Report of the Indian Hemp Drugs Commission, 1894-1895 - Volume IV
Year: 1894
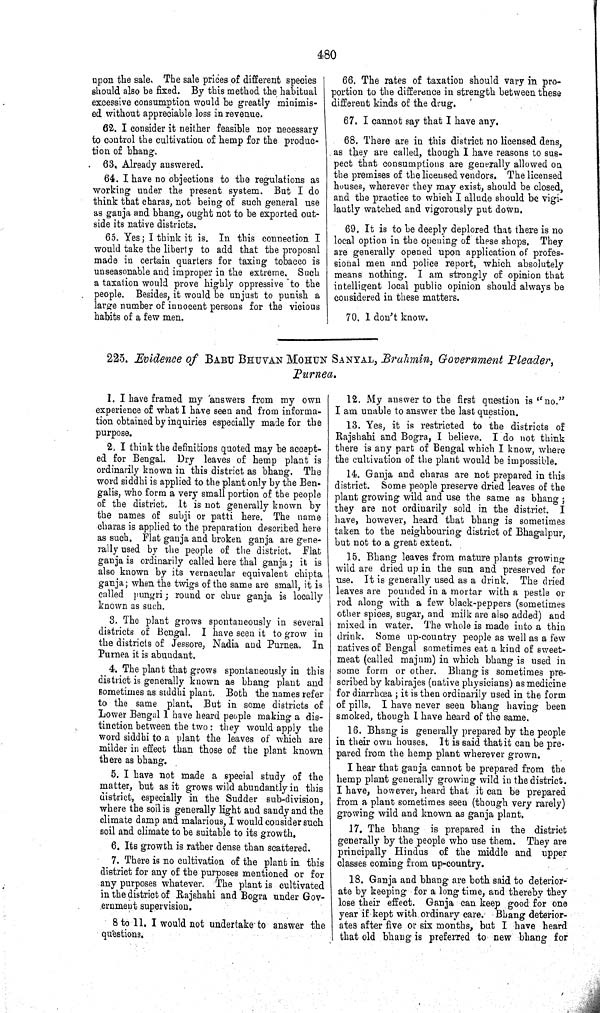
480
upon the sale. The sale prices of different species
should also be fixed. By this method the habitual
excessive consumption would be greatly minimis-
ed without appreciable loss in revenue.
62. I consider it neither feasible nor necessary
to control the cultivation of hemp for the produc-
tion of bhang.
63. Already answered.
64. I have no objections to the regulations as
working under the present system. But I do
think that charas, not being of such general use
as ganja and bhang, ought not to be exported out-
side its native districts.
65. Yes; I think it is. In this connection I
would take the liberty to add that the proposal
made in certain quarters for taxing tobacco is
unseasonable and improper in the extreme. Such
a taxation would prove highly oppressive to the
people. Besides, it would be unjust to punish a
large number of innocent persons for the vicious
habits of a few men.
66. The rates of taxation should vary in pro-
portion to the difference in strength between these
different kinds of the drug.
67. I cannot say that I have any.
68. There are in this district no licensed dens,
as they are called, though I have reasons to sus-
pect that consumptions are generally allowed on
the premises of the licensed vendors. The licensed
houses, wherever they may exist, should be closed,
and the practice to which I allude should be vigi-
lantly watched and vigorously put down.
69. It is to be deeply deplored that there is no
local option in the opening of these shops. They
are generally opened upon application of profes-
sional men and police report, which absolutely
means nothing. I am strongly of opinion that
intelligent local public opinion should always be
considered in these matters.
70. I don't know.
225. Evidence of BABU BHUVAN MOHUN SANYAL, Brahmin, Government Pleader,
Purnea.
1. I have framed my answers from my own
experience of what I have seen and from informa-
tion obtained by inquiries especially made for the
purpose.
2. I think the definitions quoted may be accept-
ed for Bengal. Dry leaves of hemp plant is
ordinarily known in this district as bhang. The
word siddhi is applied to the plant only by the Ben-
galis, who form a very small portion of the people
of the district. It is not generally known by
the names of subji or patti here. The name
charas is applied to the preparation described here
as such. Flat ganja and broken ganja are gene-
rally used by the people of the district. Flat
ganja is ordinarily called here thal ganja; it is
also known by its vernacular equivalent chipta
ganja; when the twigs of the same are small, it is
called pungri; round or chur ganja is locally
known as such.
3. The plant grows spontaneously in several
districts of Bengal. I have seen it to grow in
the districts of Jessore, Nadia and Purnea. In
Purnea it is abundant.
4. The plant that grows spontaneously in this
district is generally known as bhang plant and
sometimes as siddhi plant. Both the names refer
to the same plant. But in some districts of
Lower Bengal I have heard people making a dis-
tinction between the two: they would apply the
word siddhi to a plant the leaves of which are
milder in effect than those of the plant known
there as bhang.
5. I have not made a special study of the
matter, but as it grows wild abundantly in this
district, especially in the Sudder sub-division,
where the soil is generally light and sandy and the
climate damp and malarious, I would consider such
soil and climate to be suitable to its growth.
6. Its growth is rather dense than scattered.
7. There is no cultivation of the plant in this
district for any of the purposes mentioned or for
any purposes whatever. The plant is cultivated
in the district of Rajshahi and Bogra under Gov-
ernment supervision.
8 to 11. I would not undertake to answer the
questions.
12. My answer to the first question is "no."
I am unable to answer the last question.
13. Yes, it is restricted to the districts of
Rajshahi and Bogra, I believe. I do not think
there is any part of Bengal which I know, where
the cultivation of the plant would be impossible,
14. Ganja and charas are not prepared in this
district. Some people preserve dried leaves of the
plant growing wild and use the same as bhang;
they are not ordinarily sold in the district. I
have, however, heard that bhang is sometimes
taken to the neighbouring district of Bhagalpur,
but not to a great extent.
15. Bhang leaves from mature plants growing
wild are dried up in the sun and preserved for
use. It is generally used as a drink. The dried
leaves are pounded in a mortar with a pestle or
rod along with a few black-peppers (sometimes
other spices, sugar, and milk are also added) and
mixed in water. The whole is made into a thin
drink. Some up-country people as well as a few
natives of Bengal sometimes eat a kind of sweet-
meat (called majum) in which bhang is used in
some form or other. Bhang is sometimes pre-
scribed by kabirajes (native physicians) as medicine
for diarrhœa; it is then ordinarily used in the form
of pills. I have never seen bhang having been
smoked, though I have heard of the same.
16. Bhang is generally prepared by the people
in their own houses. It is said that it can be pre-
pared from the hemp plant wherever grown.
I hear that ganja cannot be prepared from the
hemp plant generally growing wild in the district.
I have, however, heard that it can be prepared
from a plant sometimes seen (though very rarely)
growing wild and known as ganja plant.
17. The bhang is prepared in the district
generally by the people who use them. They are
principally Hindus of the middle and upper
classes coming from up-country.
18. Ganja and bhang are both said to deterior-
ate by keeping for a long time, and thereby they
lose their effect. Ganja can keep good for one
year if kept with ordinary care. Bhang deterior-
ates after five or six months, but I have heard
that old bhang is preferred to new bhang for